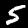
Digit: 5